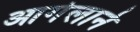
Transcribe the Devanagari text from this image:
आगेलाने